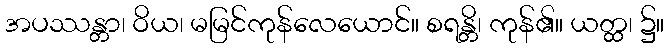
အပဿန္တာ၊ ဝိယ၊ မမြင်ကုန်လေယောင်။ စရန္တိ၊ ကုန်၏။ ယတ္ထ၊ ၌။